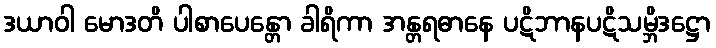
ဒယာဝါ မောဒတိ ပါစာပေန္တော ခါရိကာ အန္တရဓာနေ ပဋိဘာနပဋိသမ္ဘိဒဋ္ဌော